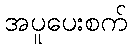
အပူပေးစက်